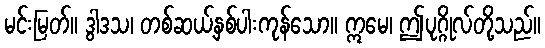
မင်းမြတ်။ ဒွါဒသ၊ တစ်ဆယ့်နှစ်ပါးကုန်သော။ ဣမေ၊ ဤပုဂ္ဂိုလ်တို့သည်။